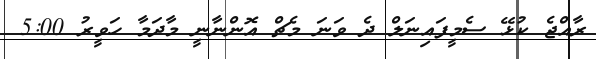
ރާއްޖެ ކުޅޭ ސެމީފައިނަލް ދެ ވަނަ މެޗް އޮންނާނީ މާދަމާ ހަވީރު 5:00